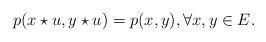
LaTeX: \begin{align*}p(x\star u, y \star u) = p(x,y), \forall x,y\in E.\end{align*}